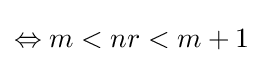
\Leftrightarrow m<nr<m+1